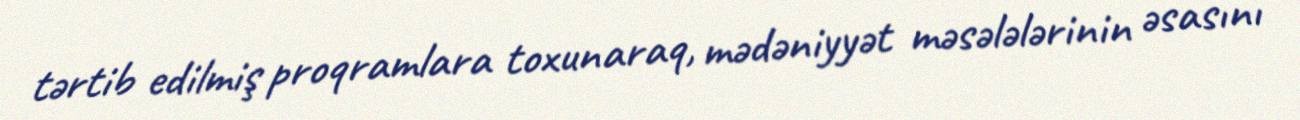
tərtib edilmiş proqramlara toxunaraq, mədəniyyət məsələlərinin əsasını